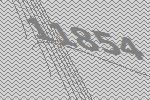
11854